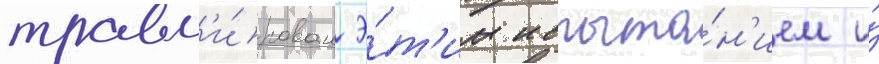
травм'и́рован э́т'им испыта́н'ием и́